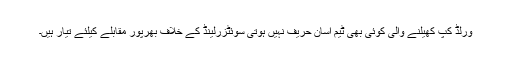
ورلڈ کپ کھیلنے والی کوئی بھی ٹیم آسان حریف نہیں ہوتی سوئٹزرلینڈ کے خلاف بھرپور مقابلے کیلئے تیار ہیں۔